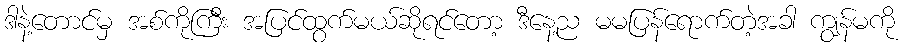
ဒါနဲ့တောင်မှ အစ်ကိုကြီး အပြင်ထွက်မယ်ဆိုရင်တော့ ဒီနေ့ည မမပြန်ရောက်တဲ့အခါ ကျွန်မကို